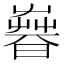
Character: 𣊨